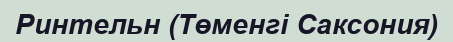
Ринтельн (Төменгі Саксония)